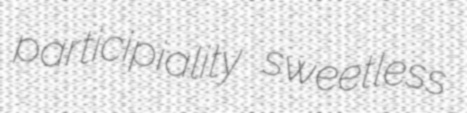
participiality sweetless